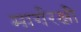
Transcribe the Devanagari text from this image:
मार्गरक्षी